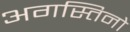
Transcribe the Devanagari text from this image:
अगस्तिनो